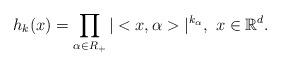
LaTeX: \begin{align*}h_{k}(x)=\prod_{\alpha\in R_{+}}|<x,\alpha>|^{k_{\alpha}},\,\, x\in\mathbb{R}^{d}.\end{align*}